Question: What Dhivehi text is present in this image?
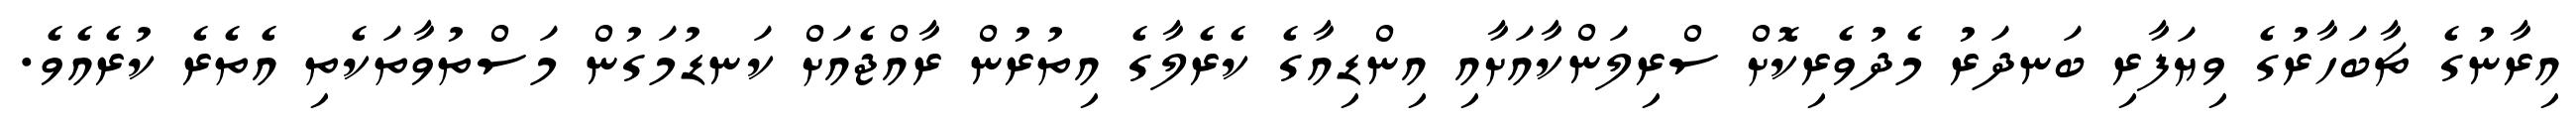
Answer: އިރާނުގެ ޗާބަހާރުގެ ވިޔަފާރި ބަނދަރު މެދުވެރިކޮށް ސްރިލަންކާއަށާއި އިންޑިއާގެ ކެރެލާގެ އިތުރުން ރާއްޖެއަށް ކަނޑުމަގުން މަސްތުވާތަކެތި އެތެރެ ކުރެއެވެ.